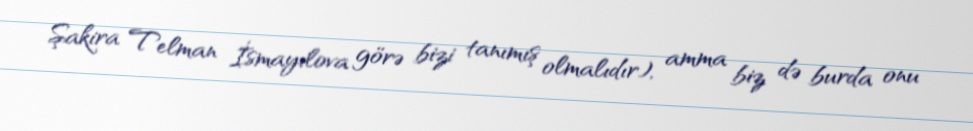
Şakira Telman İsmayılova görə bizi tanımış olmalıdır), amma biz də burda onu